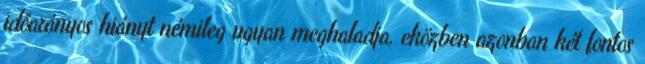
időarányos hiányt némileg ugyan meghaladja, eközben azonban két fontos